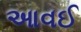
આવઈ